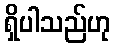
ရှိပါသည်ဟု